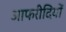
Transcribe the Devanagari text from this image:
आफरीदियों